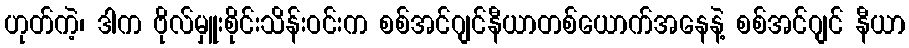
ဟုတ်ကဲ့၊ ဒါက ဗိုလ်မှူးစိုင်းသိန်းဝင်းက စစ်အင်ဂျင်နီယာတစ်ယောက်အနေနဲ့ စစ်အင်ဂျင် နီယာ